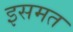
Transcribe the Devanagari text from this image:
इसमत